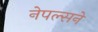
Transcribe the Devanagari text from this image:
नेपल्सने